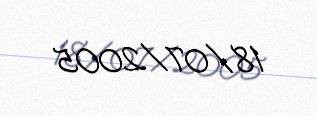
18/07/2005